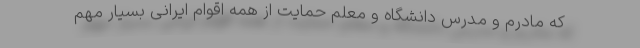
که مادرم و مدرس دانشگاه و معلم حمایت از همه اقوام ایرانی بسیار مهم